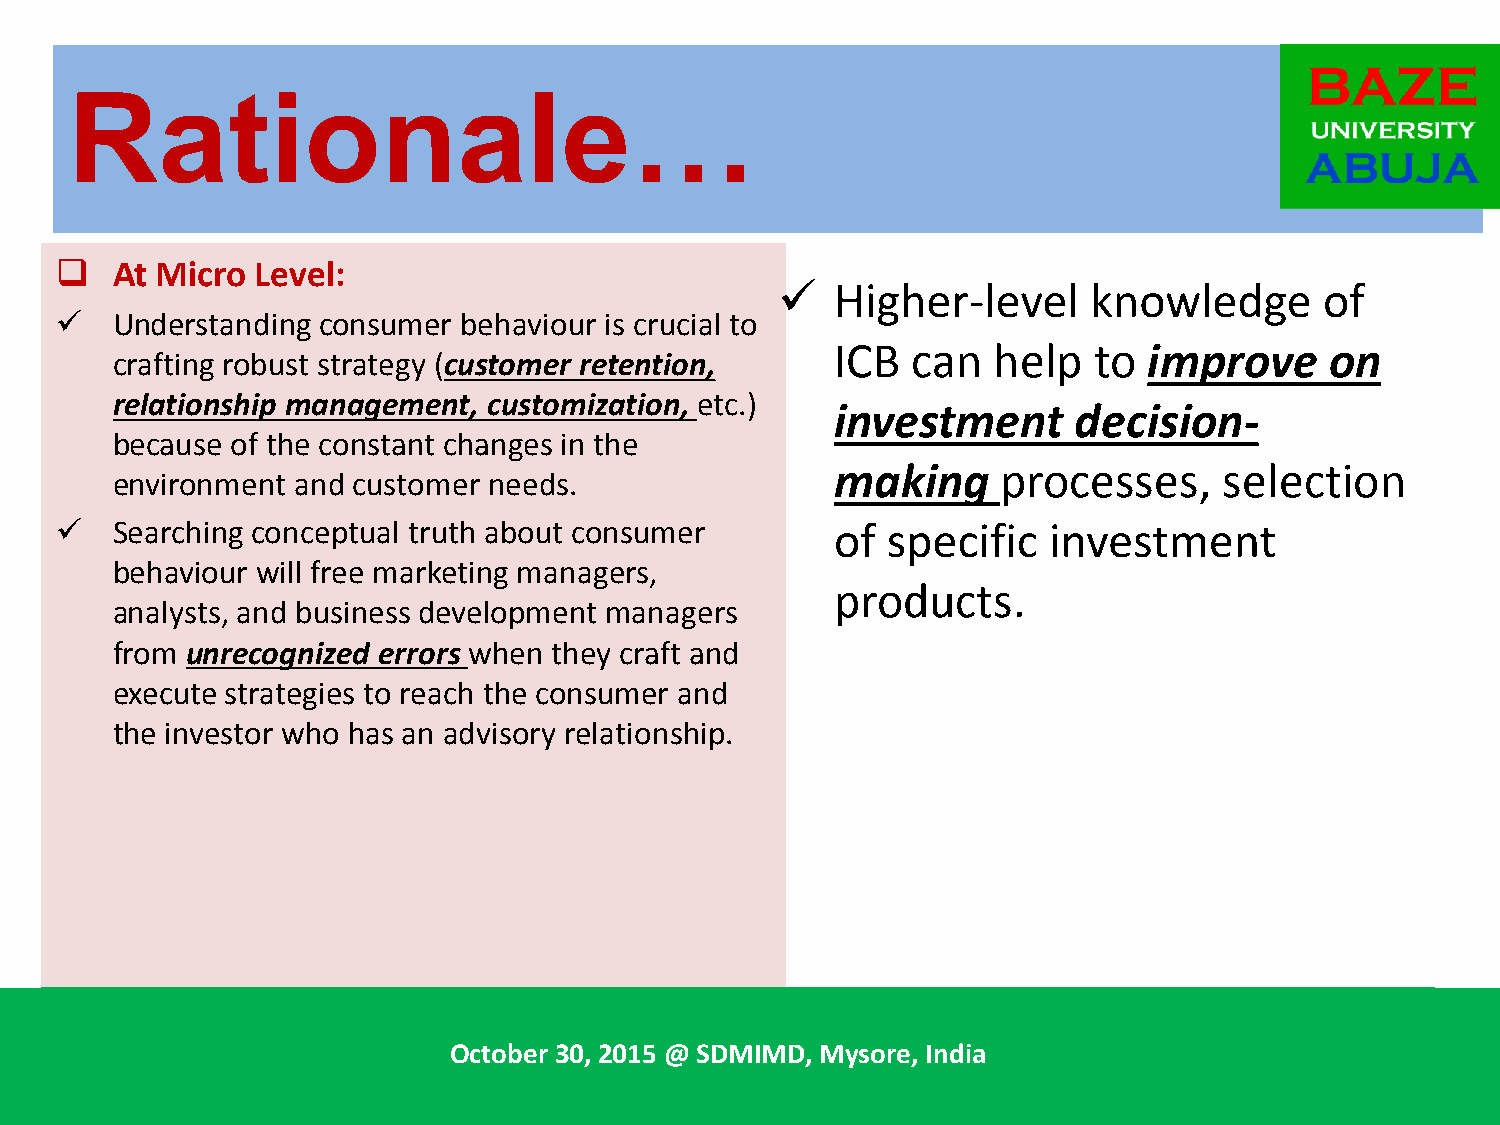
Rationale…
   At Micro  Level:
    Higher-level     knowledge       of
   Understanding consumer  behaviour is crucial to
 ICB  can   help  to  improve     on
 crafting robust strategy (customer retention,
 relationship management, customization, etc.)
 investment      decision-
 because of the constant changes in the
 making     processes,     selection
 environment and customer needs.
   Searching conceptual truth about consumer       of  specific  investment
 behaviour will free marketing managers,
 products.
 analysts, and business development managers
 from unrecognized errors when they craft and
 execute strategies to reach the consumer and
 the investor who has an advisory relationship.
 O@n e4-tDh aInyt Ienrtnerantaiotinoanla Cl Wonofrekrsehnopce o onn E Emmeregringign Tgr eTnrdesn idns S ionc Fiailn Sacniecnec &e R Aecsceoarucnht, iantg t.h Teh Reomyael :
 International Symposium on Emerging Trends in Social Sciences Research, 3 – 5, April 2015, at the
 R Ge loge bn ac ly R, e26 co & v e2 r7 y, :P Io no dn ia am Sa tOollce rtoyeb. H eTri hg30h u, r2R s0o d1a5a d@y, , PS ADeMuri gIaMumDs,e t Mt 2,y C 0soh ,r ee2,n 0Inn 1da 5iai, @In d S i Da, M 4t Ih M Ap Dr ,i l M 20 y1 s5 o. r T eh , e Inm de i: a
 Royal Regency , 26 & 27, Poonamallee High Road, Periamet, Chennai, India
 6
 “Honing  Your Research  Skills”